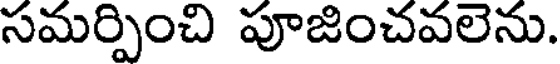
సమర్పించి పూజించవలెను.